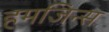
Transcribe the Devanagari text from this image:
हमजिन्स